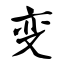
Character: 变